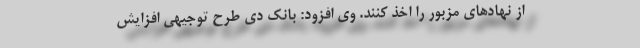
از نهادهای مزبور را اخذ کنند. وی افزود: بانک دی طرح توجیهی افزایش